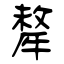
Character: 犛